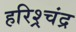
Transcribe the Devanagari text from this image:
हरिश्र्चंद्र